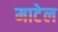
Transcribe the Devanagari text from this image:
माटेल